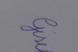
Signature authenticity: genuine